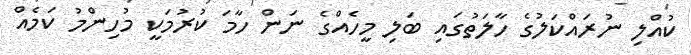
ކުއްލި ނުރައްކަލުގެ ހާލަތުގައި ބަލި މީހެއްގެ ނަން ހާމަ ކުރުމަކީ މުހިންމު ކަމެއް